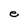
Character: e